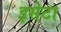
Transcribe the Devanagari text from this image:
इसेटा